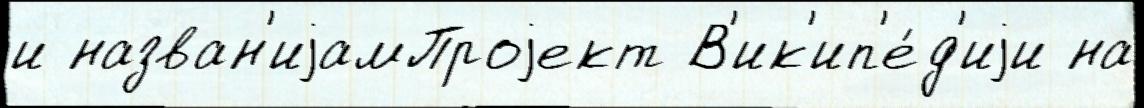
и назван'иjамПроjект В'ик'ип'е́д'иjи на